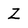
Character: Z